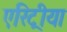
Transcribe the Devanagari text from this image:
एरिट्रीया